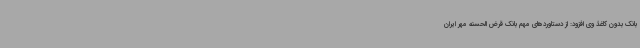
بانک بدون کاغذ وی افزود: از دستاوردهای مهم بانک قرض الحسنه مهر ایران